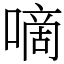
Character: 嘀